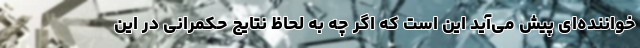
خواننده‌ای پیش می‌آید این است که اگر چه به لحاظ نتایج حکمرانی در این